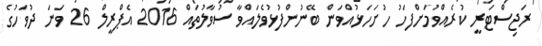
ރަޖިސްޓަރީ ކުރެއްވުމަށްފަހު ހުށަހަޅުއްވަން ބޭނުންފުޅުވެލައްވާ ސުވާލުތައް 2016 އެޕްރީލް 26 ވަނަ ދުވަހުގެ